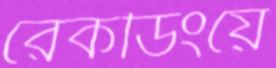
রেকর্ডিংয়ে